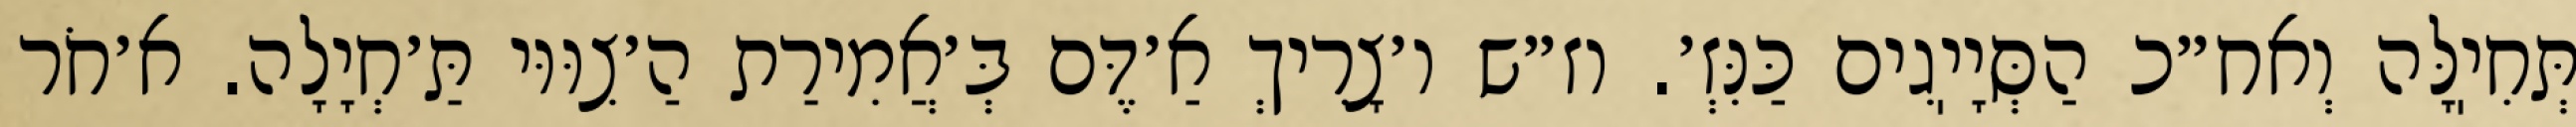
תְּחִיֽלָּה וְאח״כ הַסְּיָיֽגִים כַּנִּזְ׳. וז״ש ו׳צָרִיךְ אַ׳דֶּם בְּ׳אֲמִירַת הַ׳צִוּוּי תַּ׳חְיָלָה. א׳חֹר